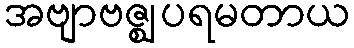
အဗျာဗဇ္ဈပရမတာယ